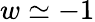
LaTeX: w\simeq-1